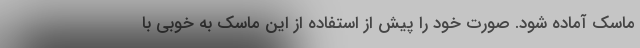
ماسک آماده شود. صورت خود را پیش از استفاده از این ماسک به خوبی با